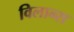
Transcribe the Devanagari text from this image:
विलान्स